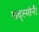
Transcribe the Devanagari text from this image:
सद्स्यांनी